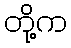
တို့က